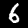
Label: 6